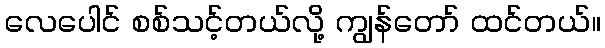
လေပေါင် စစ်သင့်တယ်လို့ ကျွန်တော် ထင်တယ်။